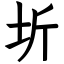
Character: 圻